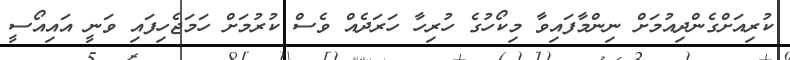
ކުރިއަށްގެންދިއުމަށް ނިންމާފައިވާ މިކޯހުގެ ހުރިހާ ހަރަދެއް ވެސް ކުރުމަށް ހަމަޖެހިފައި ވަނީ އައިއޯސީ